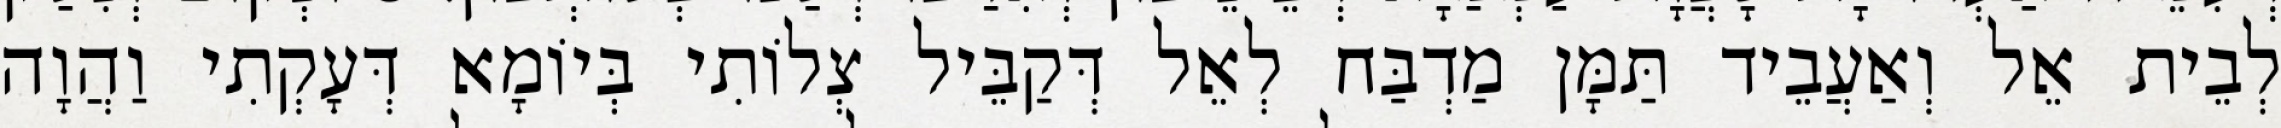
לְבֵית אֵל וְאַעֲבֵיד תַּמָּן מַדְבַּח לְאֵל דְּקַבֵּיל צְלוֹתִי בְּיוֹמָא דְּעָקְתִי וַהֲוָה